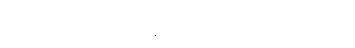
တောင်ဘက်ကျွန်းဟုအဓိပ္ပါယ်ရသည်။